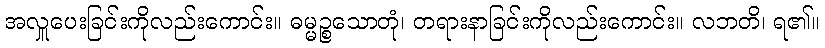
အလှူပေးခြင်းကိုလည်းကောင်း။ ဓမ္မဉ္စသောတုံ၊ တရားနာခြင်းကိုလည်းကောင်း။ လဘတိ၊ ရ၏။